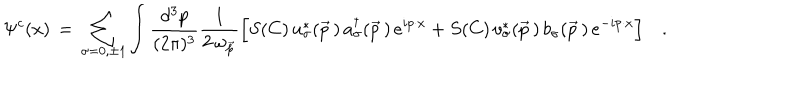
LaTeX: \Psi ^ { c } ( x ) \, = \, \sum _ { \sigma = 0 , \pm 1 } \int { \frac { d ^ { 3 } p } { ( 2 \pi ) ^ { 3 } } } { \frac { 1 } { 2 \, \omega _ { \vec { p } } } } \Big [ S ( C ) \, u _ { \sigma } ^ { \ast } ( \vec { p } \, ) \, a _ { \sigma } ^ { \dagger } ( \vec { p } \, ) \, e ^ { i p \cdot x } + S ( C ) \, v _ { \sigma } ^ { \ast } ( \vec { p } \, ) \, b _ { \sigma } ( \vec { p } \, ) \, e ^ { - i p \cdot x } \Bigr ] \quad .